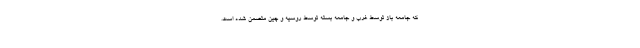
که جامعه باز توسط غرب و جامعه بسته توسط روسیه و چین متضمن شده است.